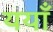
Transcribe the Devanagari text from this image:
ययाँ